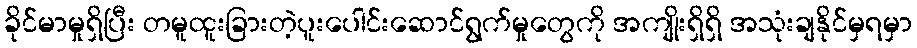
ခိုင်မာမှုရှိပြီး တမူထူးခြားတဲ့ပူးပေါင်းဆောင်ရွက်မှုတွေကို အကျိုးရှိရှိ အသုံးချနိုင်မှရမှာ